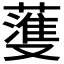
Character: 𫉯